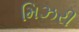
મિઝરી